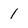
Character: 1